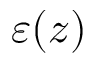
\varepsilon ( z )